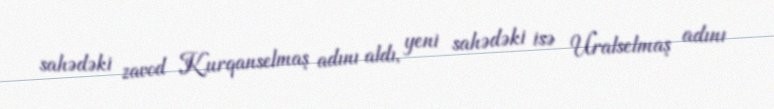
sahədəki zavod Kurqanselmaş adını aldı, yeni sahədəki isə Uralselmaş adını